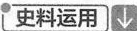
史料运用 \downarrow